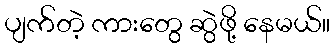
ပျက်တဲ့ ကားတွေ ဆွဲဖို့ နေမယ်။